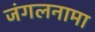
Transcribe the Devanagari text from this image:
जंगलनामा